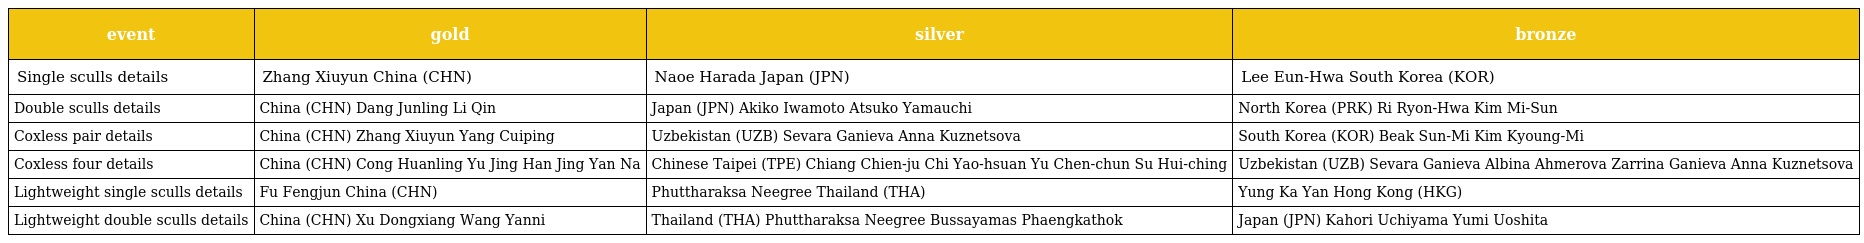
| event | gold | silver | bronze |
 | --- | --- | --- | --- |
 | Single sculls details | Zhang Xiuyun China (CHN) | Naoe Harada Japan (JPN) | Lee Eun-Hwa South Korea (KOR) |
 | Double sculls details | China (CHN) Dang Junling Li Qin | Japan (JPN) Akiko Iwamoto Atsuko Yamauchi | North Korea (PRK) Ri Ryon-Hwa Kim Mi-Sun |
 | Coxless pair details | China (CHN) Zhang Xiuyun Yang Cuiping | Uzbekistan (UZB) Sevara Ganieva Anna Kuznetsova | South Korea (KOR) Beak Sun-Mi Kim Kyoung-Mi |
 | Coxless four details | China (CHN) Cong Huanling Yu Jing Han Jing Yan Na | Chinese Taipei (TPE) Chiang Chien-ju Chi Yao-hsuan Yu Chen-chun Su Hui-ching | Uzbekistan (UZB) Sevara Ganieva Albina Ahmerova Zarrina Ganieva Anna Kuznetsova |
 | Lightweight single sculls details | Fu Fengjun China (CHN) | Phuttharaksa Neegree Thailand (THA) | Yung Ka Yan Hong Kong (HKG) |
 | Lightweight double sculls details | China (CHN) Xu Dongxiang Wang Yanni | Thailand (THA) Phuttharaksa Neegree Bussayamas Phaengkathok | Japan (JPN) Kahori Uchiyama Yumi Uoshita |